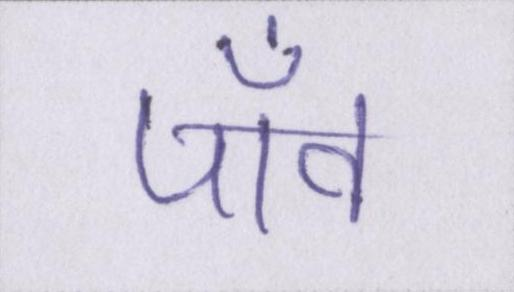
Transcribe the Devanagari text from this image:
पाँव